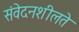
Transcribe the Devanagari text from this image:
संवेदनशीलते